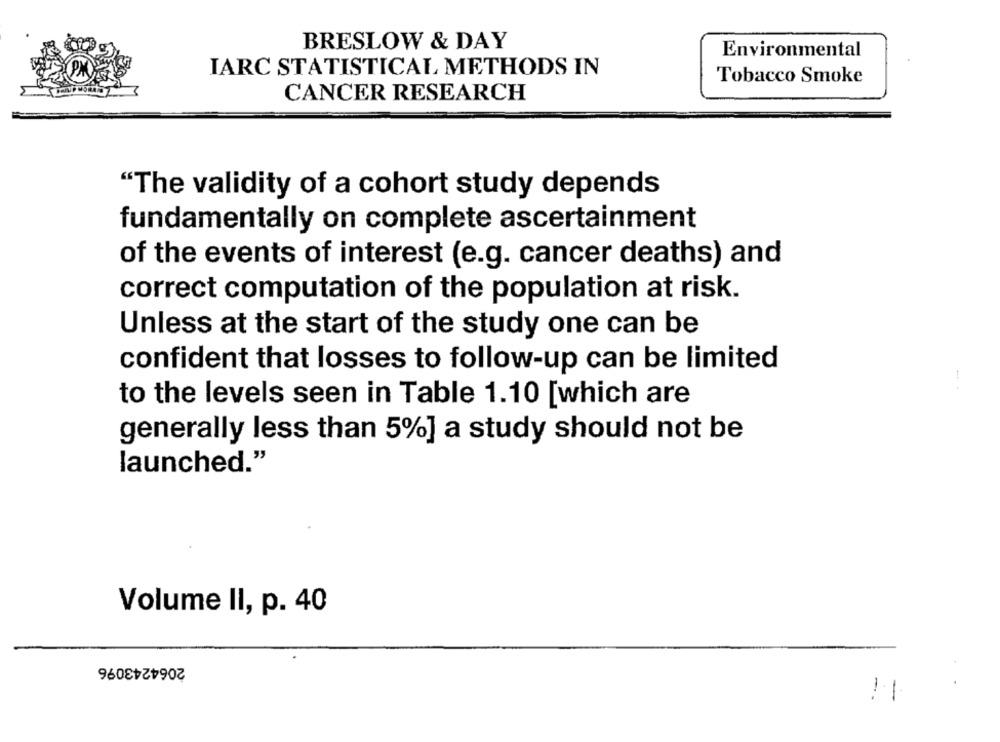
BRESLOW & DAY
Environmental
IARC STATISTICAL METHODS IN
Tobacco Smoke
CANCER RESEARCH
"The validity of a cohort study depends
fundamentally on complete ascertainment
of the events of interest (e.g. cancer deaths) and
correct computation of the population at risk.
Unless at the start of the study one can be
confident that losses to follow-up can be limited
to the levels seen in Table 1.10 [which are
generally less than 5%] a study should not be
launched."
Volume II, p. 40
2064243096
11